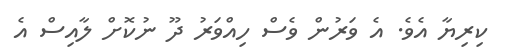
ކިރިޔާ އެވެ. އެ ވަރުން ވެސް ހިއްވަރު ދޫ ނުކޮށް ލާއިސް އެ